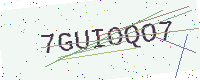
Text: 7GUIOQO7